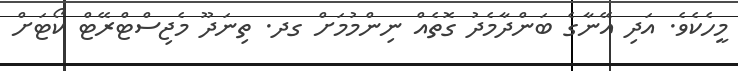
މީހެކެވެ. އަދި އޭނާގެ ބަންދާމެދު ގޮތެއް ނިންމުމަށް ގދ. ތިނަދޫ މެޖިސްޓްރޭޓް ކޯޓަށް